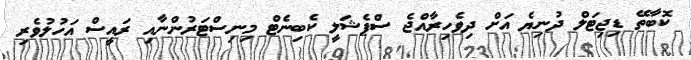
ކޮބާތޭ ޑިޖިޓަލް ދުނިޔެ އަށް ދިވެހިރާއްޖެ ސްޕެޝަލީ ކެބިނެޓް މިނިސްްޓަރުންނާއި ރައީސް އަހުލުވެރި